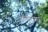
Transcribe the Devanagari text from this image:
अनुरागा